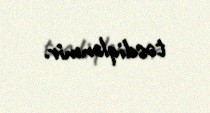
təsdiqlənmir.